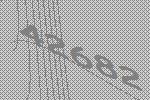
42682